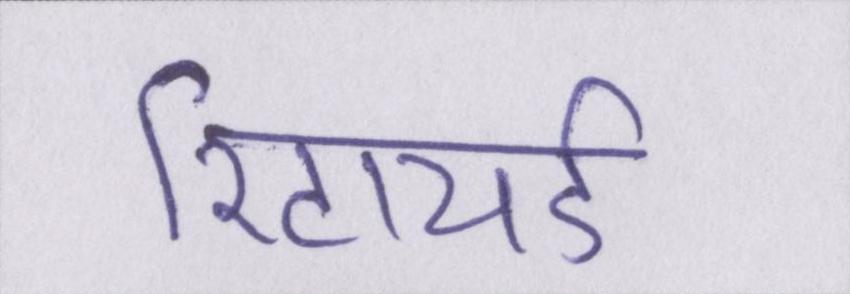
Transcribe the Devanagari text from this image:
रिटायर्ड